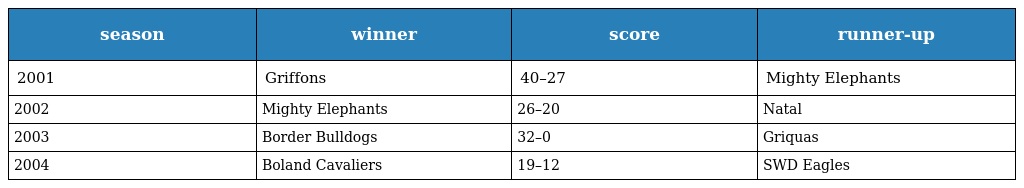
| season | winner | score | runner-up |
 | --- | --- | --- | --- |
 | 2001 | Griffons | 40–27 | Mighty Elephants |
 | 2002 | Mighty Elephants | 26–20 | Natal |
 | 2003 | Border Bulldogs | 32–0 | Griquas |
 | 2004 | Boland Cavaliers | 19–12 | SWD Eagles |